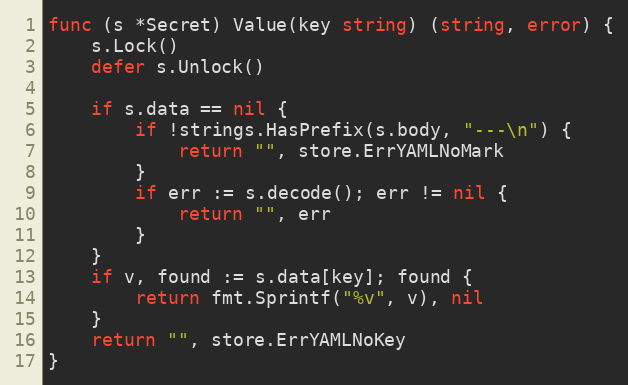
Language: Go
func (s *Secret) Value(key string) (string, error) {
	s.Lock()
	defer s.Unlock()

	if s.data == nil {
		if !strings.HasPrefix(s.body, "---\n") {
			return "", store.ErrYAMLNoMark
		}
		if err := s.decode(); err != nil {
			return "", err
		}
	}
	if v, found := s.data[key]; found {
		return fmt.Sprintf("%v", v), nil
	}
	return "", store.ErrYAMLNoKey
}